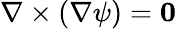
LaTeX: \nabla\times(\nabla\psi)=\mathbf{0}